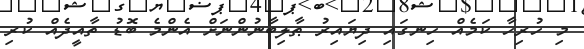
މި ހުރިހާ ކަމެއް ހިނގައި ދިޔައިރު ޠާލިބާނުންނަށް އެންމެ ބޮޑު ތާއީދެއް ކުރި